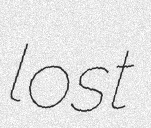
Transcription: lost